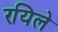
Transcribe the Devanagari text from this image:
रयिले